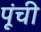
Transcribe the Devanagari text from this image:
पूंची